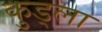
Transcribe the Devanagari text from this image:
कुड्ला